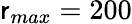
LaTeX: \mathsf{r}_{max}=200